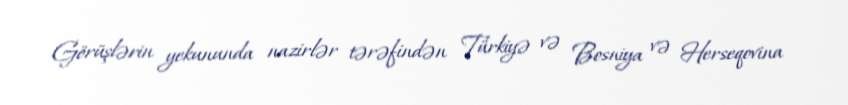
Görüşlərin yekununda nazirlər tərəfindən Türkiyə və Bosniya və Herseqovina